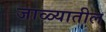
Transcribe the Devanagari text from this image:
जाळ्यातील